[Report on the health of British troops in the Madras command]
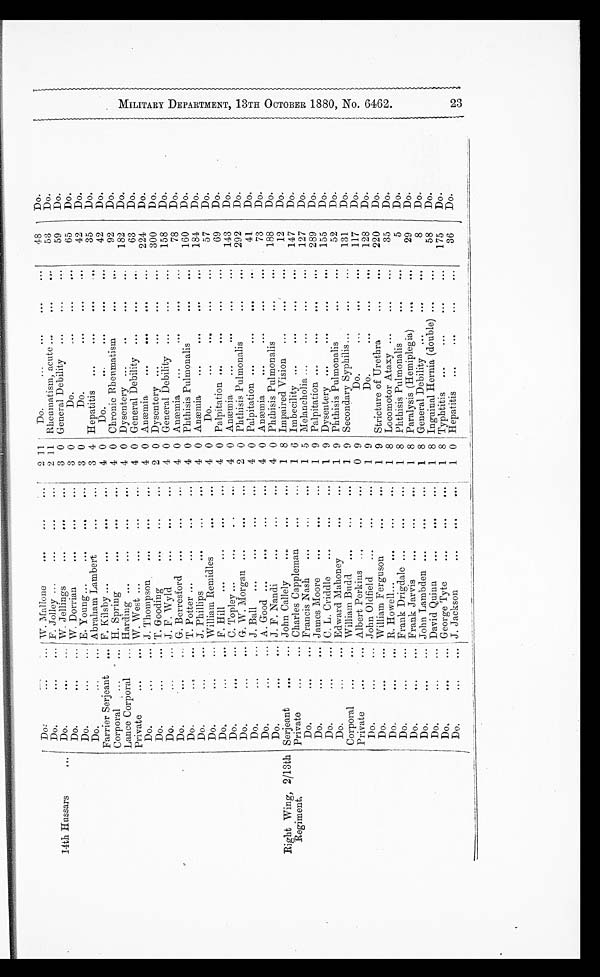
Do
...
... W. Mallone
...
...
...
2 11
Do.
...
... ... ...
48
Do.
Do.
...
... F. Jolley ...
...
...
...
2 11 Rheumatism, acute ...
...
...
53
Do.
14th Hussars
...
Do.
...
... W. Jellings
...
...
...
3 0 General Debility
...
...
...
59
Do.
Do.
...
... W. Dorrian
...
...
...
3 0
Do.
...
...
...
65
Do.
Do.
...
... E. Young ...
...
...
...
3 0
Do.
...
...
...
42
Do.
Do.
...
... Abraham Lambert
...
...
3 4 Hepatitis
...
...
...
...
35
Do.
Farrier Serjeant
... F. Kilsby ...
...
...
...
4 0
Do.
...
...
... ...
42
Do.
Corporal
...
... H. Spring
...
...
...
4 0
Chronic Rheumatism ... ...
92
Do.
Lance Corporal
...
Harding ... ... ... ...
4 0 Dysentery ...
..
...
...
182
Do.
Private
...
... W. West ...
...
...
...
4 0 General Debility ... ... ...
63
Do.
Do. ...
...
J. Thompson
...
...
...
4 0 Anæmia
...
...
...
...
224
Do.
Do.
...
...
T.Gooding
... ... ...
2 0 Dysentery ...
... ... ...
300
Do.
Do.
...
... J. F. Wyld
...
...
...
4 0 General Debility ...
...
...
158
Do.
Do.
...
... G. Berresford
...
...
...
4 0 Anæmia
...
...
...
...
78
Do.
Do.
...
... T. Potter ...
...
...
...
4 0 Phthisis Pulmonalis
...
...
160
Do.
Do.
...
... J. Phillips
...
...
...
4 0 Anæmia
...
...
...
...
184
Do.
Do.
...
... William Remidles
...
...
4 0
Do.
...
...
...
...
57
Do.
Do.
...
... F. Hill
...
... ... ...
4 0 Palpitation ...
...
...
...
69
Do.
Do.
...
... C. Topley ...
...
...
...
4 0 Anæmia
...
...
...
...
143
Do.
Do.
...
...
G. W. Morgan
... ... ...
2 0 Phthisis Pulmonalis
...
...
292
Do.
Do.
...
...
J. Ball
...
...
...
...
4 0 Palpitation ...
...
...
...
41
Do.
Do.
...
...
A. Good ...
...
...
...
4 0 Anæmia
...
...
...
...
73
Do.
Do.
...
... J. F. Nandi
...
...
...
4 0 Phthisis Pulmonalis
...
...
188
Do.
Right Wing, 2/13th
Regiment.
Serjeant
...
... John Callely
...
...
...
1 8 Impaired Vision
...
...
...
12
Do.
Private
...
... Charles Cappleman
...
...
1 6 Imbecility ...
...
...
...
147
Do.
Do.
...
... Francis Nash
...
. . . . . .
1 5 Melancholia ...
...
...
...
127
Do.
Do.
...
... James Moore
...
. . . . . .
1 9 Palpitation ...
...
...
...
289
Do.
Do.
...
...
C. L. Criddle
...
. . . . . .
1 9 Dysentery ...
...
...
...
155
Do.
Do.
...
...
Edward Mahoney
...
...
1 9 Phthisis Pulmonalis
...
...
52
Do.
Corporal
...
... William Budd ...
...
...
1 9 Secondary Syphilis...
...
...
131
Do.
Private
...
... Albert Perkins ...
. . . . . .
0 9
Do.
...
...
...
117
Do.
Do.
...
... John Oldfield
...
...
...
1 9
Do.
...
...
...
128
Do.
Do.
...
...
William Ferguson
... ...
1 9 Stricture of Urethra
...
...
220
Do.
Do.
...
... R. Howell ...
...
...
...
1 8 Locomotor Ataxy ...
...
...
35
Do.
Do.
...
... Frank Drigdale
...
. . . . . .
1 8 Phthisis Pulmonalis
...
...
5
Do.
Do.
...
... Frank Jarvis
...
...
...
1 8 Paralysis (Hemiplegia)
...
...
29
Do.
Do.
...
... John Lambden ...
...
...
1 8 General Debility ...
...
...
8
Do..
Do.
...
... David Quinn
...
. . . . . .
1 8 Inguinal Hernia (double) ...
...
58
Do.
Do.
...
... George Tyte
...
...
...
1 8 Typhtitis
...
...
...
...
175
Do.
Do.
...
... J. Jackson
...
...
...
1 0 Hepatitis
...
...
...
...
36
Do.